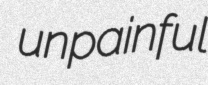
unpainful